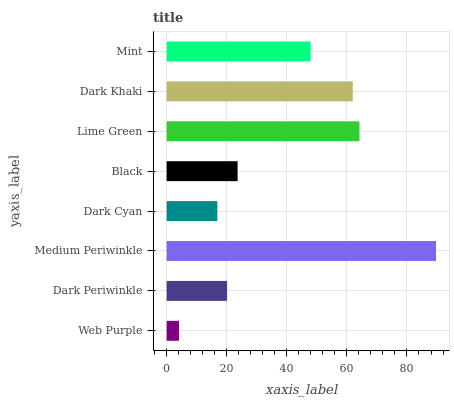
| yaxis_label | bars |
 | --- | --- |
 | Web Purple | 4.11 |
 | Dark Periwinkle | 20.1 |
 | Medium Periwinkle | 89.7 |
 | Dark Cyan | 16.9 |
 | Black | 23.6 |
 | Lime Green | 64.2 |
 | Dark Khaki | 62 |
 | Mint | 47.9 |